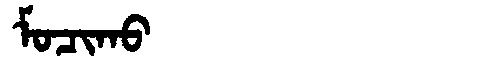
Manchu: ᠮᠣᠴᡳᡴᠣ
Romanization: MOCIKO